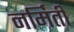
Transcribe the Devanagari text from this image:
नर्मिती